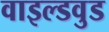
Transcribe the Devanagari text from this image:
वाइल्डवुड